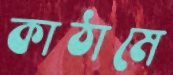
কাঠামে